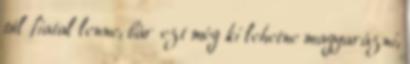
túl fiatal lenne, bár ezt még ki lehetne magyarázni,